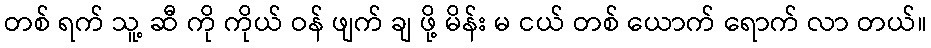
တစ် ရက် သူ့ ဆီ ကို ကိုယ် ဝန် ဖျက် ချ ဖို့ မိန်း မ ငယ် တစ် ယောက် ရောက် လာ တယ်။